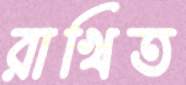
রাখিত